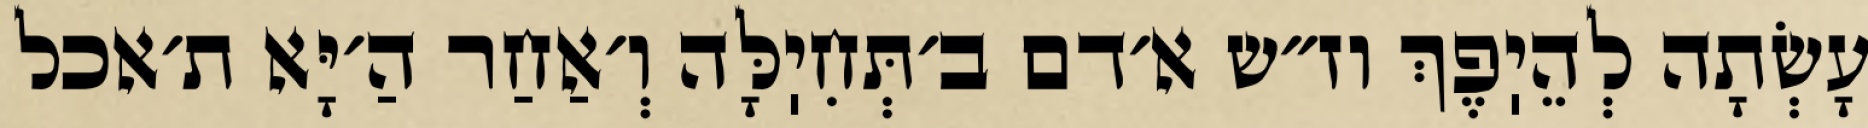
עָשְׂתָה לְהֵיֽפֶךְ וז״ש א׳דם ב׳תְּחִיֽלָּה וְ׳אַחַר הַ׳יָּא ת׳אכל